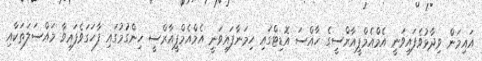
އައިމަން ވިދާޅުވެފައިވަނީ އެމްއެމްޕީއާރްސީގެ ހާއްސަ އޮޑިޓްގައި ހިމަނާފައިވަނީ އެމްއެމްޕީއާރްސީ ހިންގުމުގައި ފާހަގަވެފައިވާ މައްސަލަތަކާއި